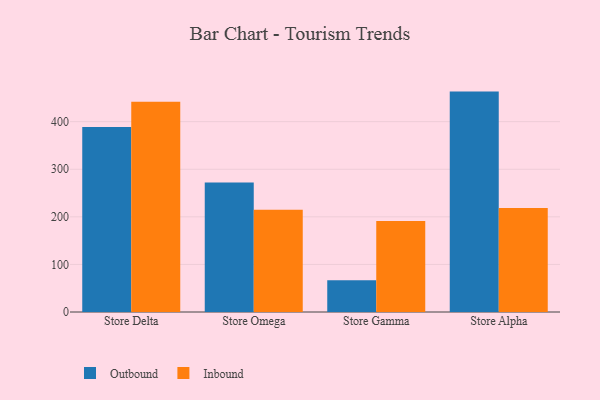
{"axis": {"x": "Store", "y": "Waste Production (Tons)"}, "legend": ["Inbound", "Outbound"], "data": [{"x": "Store Delta", "y": 388.6, "type": "Outbound"}, {"x": "Store Delta", "y": 441.7, "type": "Inbound"}, {"x": "Store Omega", "y": 272.2, "type": "Outbound"}, {"x": "Store Omega", "y": 215.1, "type": "Inbound"}, {"x": "Store Gamma", "y": 66.9, "type": "Outbound"}, {"x": "Store Gamma", "y": 191.4, "type": "Inbound"}, {"x": "Store Alpha", "y": 463.2, "type": "Outbound"}, {"x": "Store Alpha", "y": 218.8, "type": "Inbound"}]}